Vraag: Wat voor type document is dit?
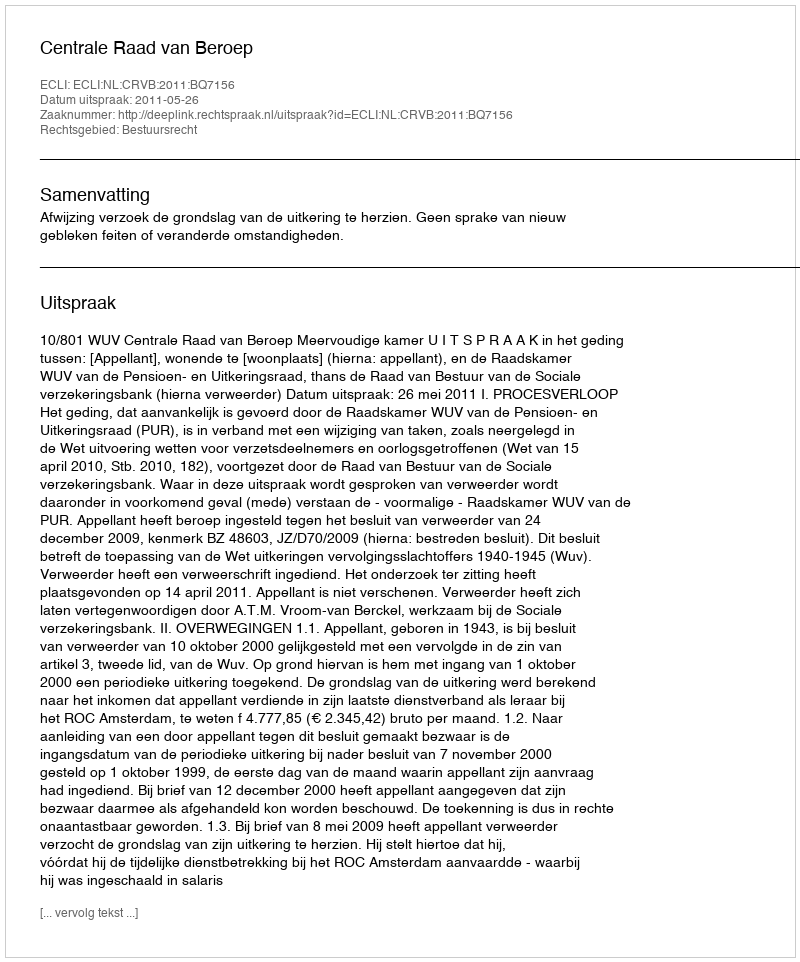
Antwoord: Uitspraak